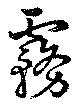
霧